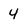
Character: 4